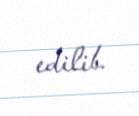
edilib.